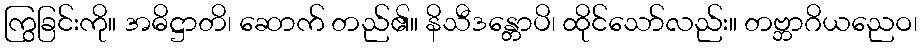
ကြွခြင်းကို။ အဓိဋ္ဌာတိ၊ ဆောက် တည်၏။ နိသီဒန္တောပိ၊ ထိုင်သော်လည်း။ တဗ္ဘာဂိယညေဝ၊